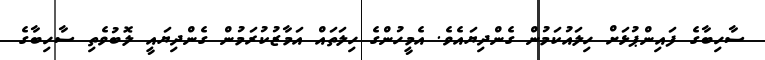
ސާހިބާގެ ފައިންޕުޅަށް ހިލައުކަމުން ގެންދިޔައެވެ. އެމީހުންގެ ހިލަތައް އަމާޒުކުރަމުން ގެންދިޔައީ ލޮބުވެތި ސާހިބާގެ